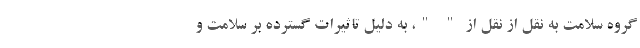
گروه سلامت به نقل از نقل از " "، به دلیل تاثیرات گسترده بر سلامت و